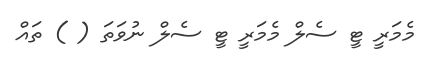
މެމަރީ ޓީ ސެލް މެމަރީ ޓީ ސެލް ނުވަތަ ( ) ތައް